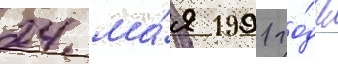
24 ма́я 1991 го́да